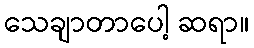
သေချာတာပေါ့ ဆရာ။